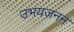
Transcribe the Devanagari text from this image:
उभयजनन